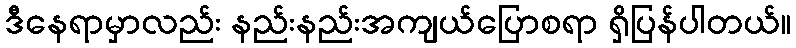
ဒီနေရာမှာလည်း နည်းနည်းအကျယ်ပြောစရာ ရှိပြန်ပါတယ်။